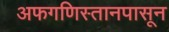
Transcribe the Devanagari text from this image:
अफगणिस्तानपासून